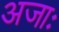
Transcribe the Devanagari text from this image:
अजाः